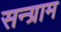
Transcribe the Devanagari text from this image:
सन्ग्राम